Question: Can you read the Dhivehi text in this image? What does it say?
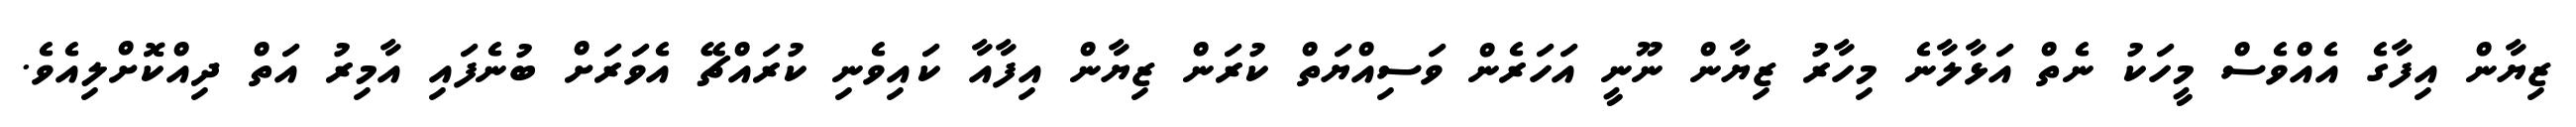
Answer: ޒިޔާން އިފާގެ އެއްވެސް މީހަކު ނެތް އަޅާލާނެ މިހާރު ޒިޔާން ނޫނީ އަހަރެން ވަސިއްޔަތް ކުރަން ޒިޔާން އިފާއާ ކައިވެނި ކުރައްޗޭ އެވަރަށް ބުނެފައި އާމިރު އަތް ދިއްކޮށްލިއެވެ.